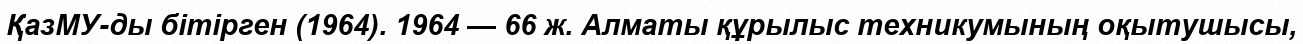
ҚазМУ-ды бітірген (1964). 1964 — 66 ж. Алматы құрылыс техникумының оқытушысы,